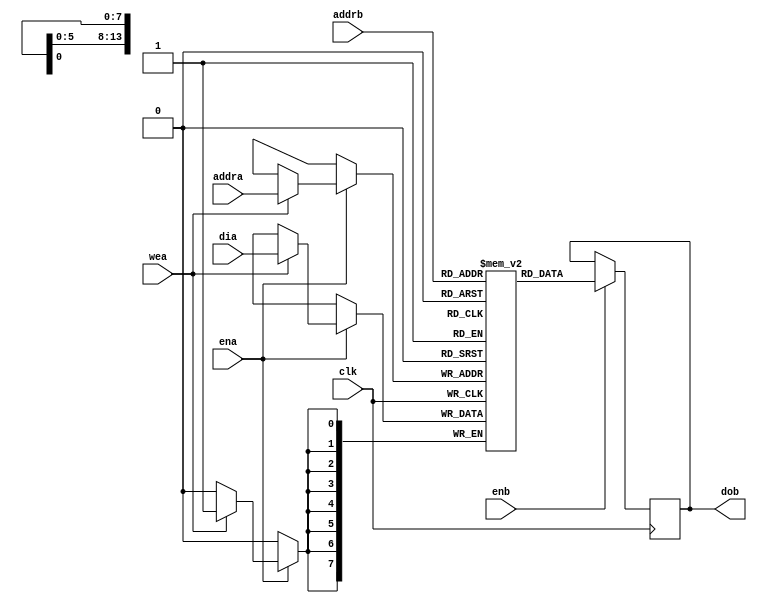
module ram (
    input clk,
    input wea,
    input ena,
    input enb,
    input [13:0] addra,
    input [13:0] addrb,
    input [7:0] dia,
    output reg [7:0] dob );

reg [7:0] mem [16383:0];

always @(posedge clk)
begin
    if (ena)
    begin
        if (wea)
        begin
            mem[addra] <= dia;
        end
    end
end

always @(posedge clk)
begin
    if (enb)
        dob <= mem[addrb];
end

endmodule